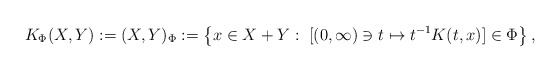
\begin{align*}K_\Phi(X,Y):= (X,Y)_{\Phi}:= \left\{ x \in X+Y: \; [(0,\infty)\ni t \mapsto t^{-1}K(t,x) ]\in \Phi \right\} ,\end{align*}